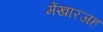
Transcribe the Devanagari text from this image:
मेंखारजह